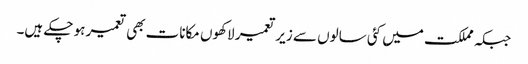
جبکہ مملکت میں کئی سالوں سے زیر تعمیر لاکھوں مکانات بھی تعمیر ہو چکے ہیں۔